Report of the Municipal Commissioner on the plague in Bombay for the year ending 31st May... - Volume 2
Disease focus: Plague
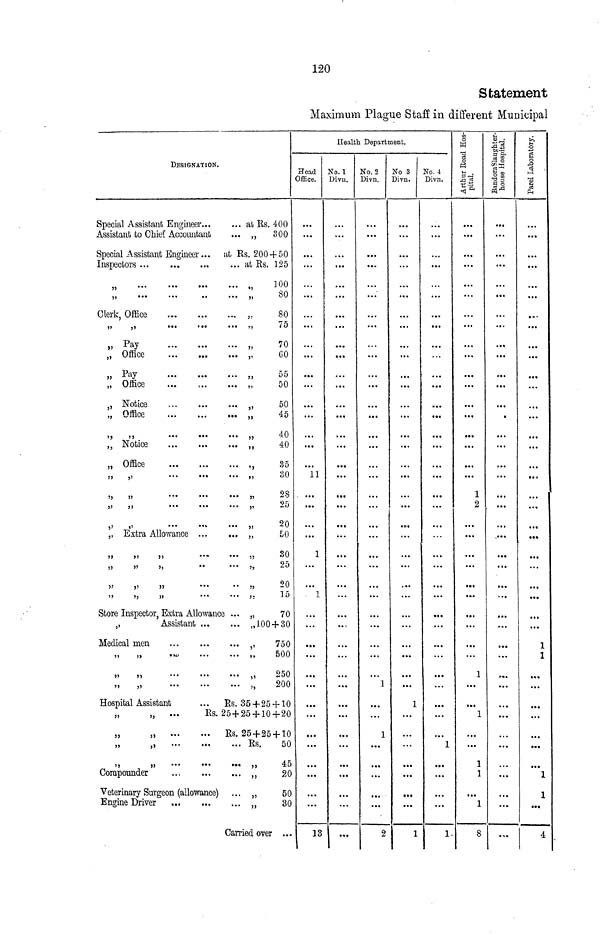
120
Statement
Maximum Plague Staff in different Municipal
DESIGNATION.
Special Assistant Engineer
at Ks. 400
Assistant to Chief Accountant
... „
300
Special Assistant Engineer ... til Rs. 200 + 50
Inspectors ...
.
...
... at Es 125
]00
„
80
Clerk, Office
„
80
„
„
...
...
... ,,
75
„ Pay
„
70
„ Office
„
GO
„ Pay
55
55
„ Office
„
50
5 , Notice
„
50
„ Office
„
45
»
i>
„
40
,, Notice
,,
40
„ Office
,,
35
15
5>
•••
•••
••• »>
30
5,
,,
...
...
...
j,
Zo
9f»
„
,,
...
...
... „
zo
,.
,»
„
20
,, Extra Allowance
,,
50
,,
,,
,,
..•
... ,,
oU
55
55
5,
"
•"
5,
25
5}
J)
55
'•'
"
J5
-0
'5
5j
)5
*•'
'"
)i
ly
Store Inspector, Extra Allowance ... „
70
,,
Assistant
,,100 + 30
Medical men
,,
750
,,
,,
.m
...
... , r
500
»i
„
250
5,
„
„
200
Hospital Assistant
...
Es. 35 + 25 + 10
„
„
...
Es. 25 + 25 + 10+20
„
„
Es. 25 + 25 + 10
„
Es.
50
,,
,,
...
•••
*•• ,,
4c
Corapounder
,,
20
Veterinary Surgeon (allowance) ... „
50
Engine Driver
...
„
30
Carried over ...
Health Department.
Head
Office.
11
1
, 1
...
...
...
13
No. 1
Divu.
.. i
...
...
• ••
No. 2
Divn.
1
1
2
No 3
Divn.
1
1
No. 4
Divn.
1
1
Arthur Road Hos-
pital.
...
1
2
1
1
1
1
1
8
BandoraSlaughter-
house Hospital.
...
•
...
•»«*
...
...
...
.„
Farel Laboratory.
...
...
...
1
1
...
"*1
1
4